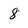
Character: 8